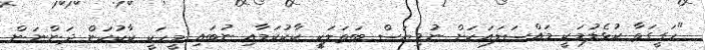
"ހަގީގަތާ ކުޅެލުމަކީ މައްސަލައަކަށް ނުވިޔަސް ބަތަލަކީ ކާކުކަމާއި ނުބައި މީހަކީ ކާކުކަން ދަންނަން